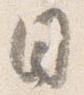
日